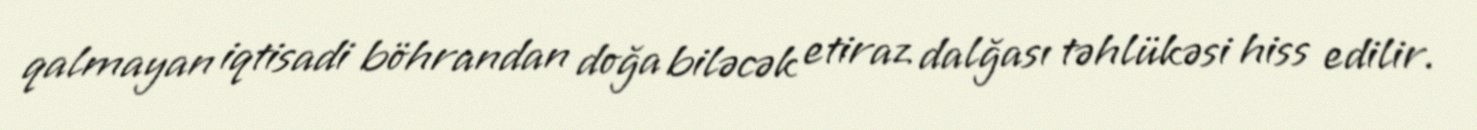
qalmayan iqtisadi böhrandan doğa biləcək etiraz dalğası təhlükəsi hiss edilir.